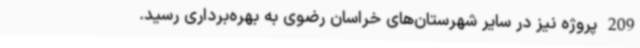
209 پروژه نیز در سایر شهرستان‌های خراسان رضوی به بهره‌برداری رسید.